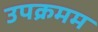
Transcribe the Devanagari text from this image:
उपक्रमम